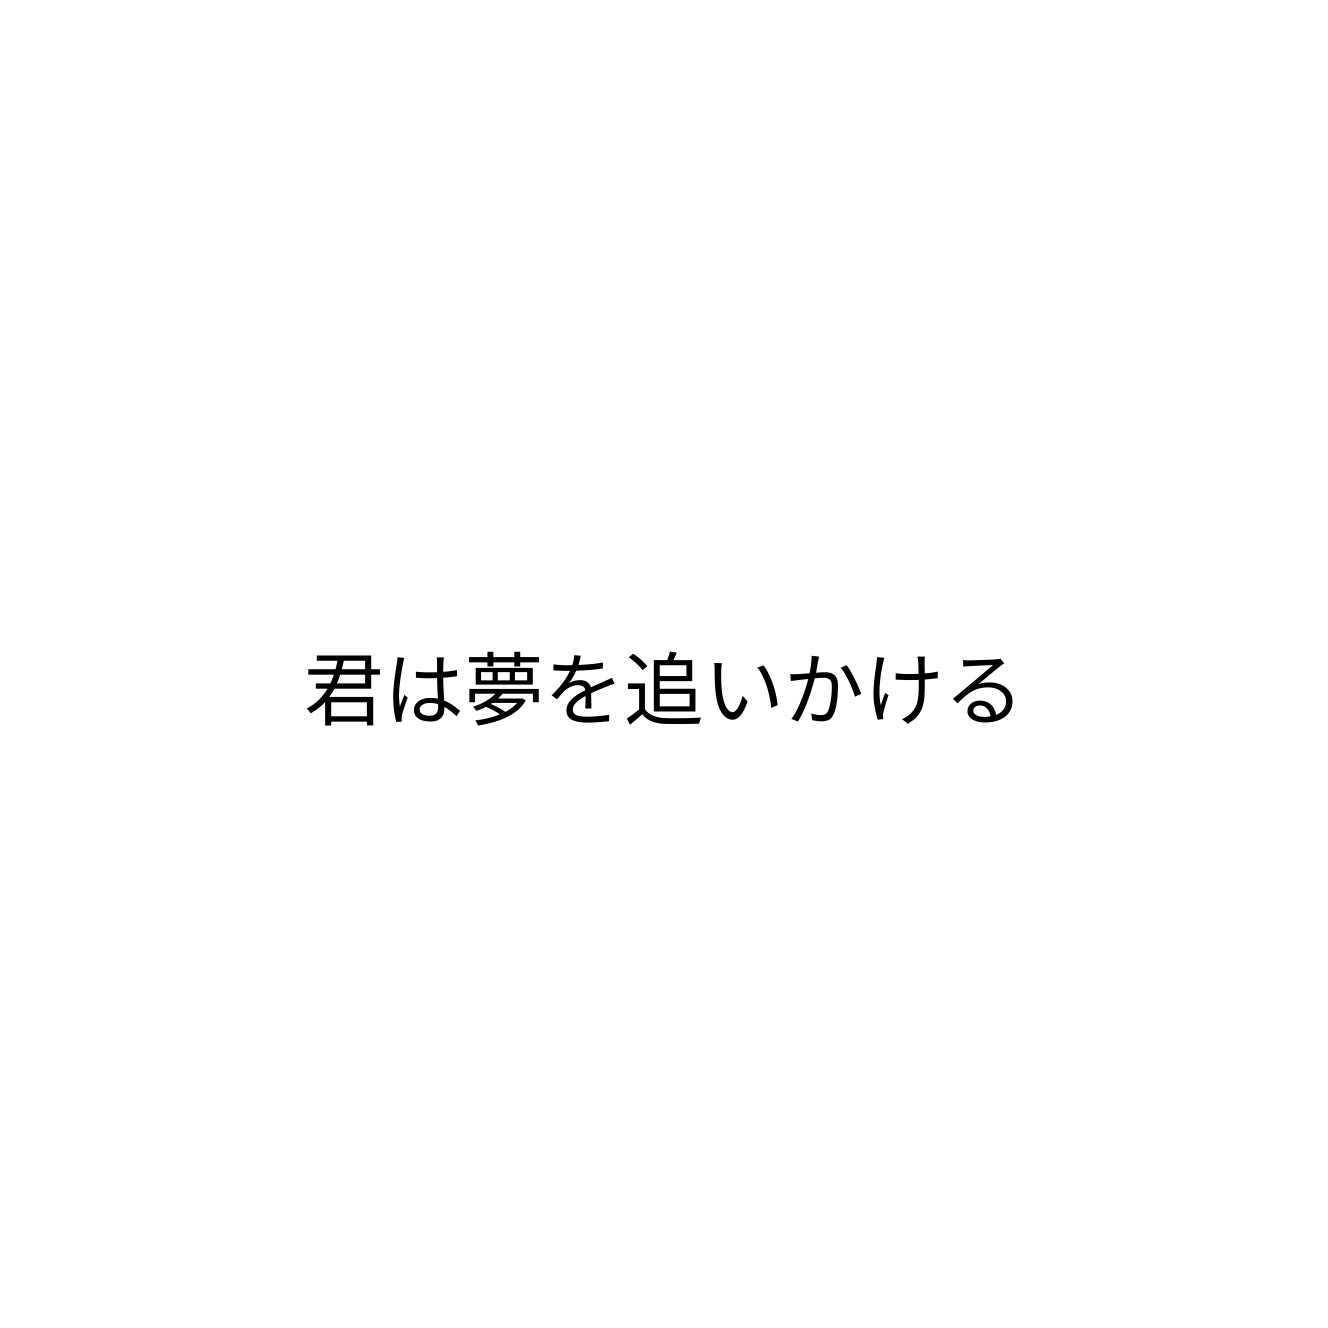
君は夢を追いかける